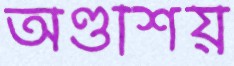
অণ্ডাশয়